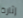
إثارة